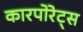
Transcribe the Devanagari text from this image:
कारपोरेट्स